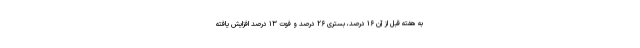
به هفته قبل از آن ۱۶ درصد، بستری ۲۶ درصد و فوت ۱۳ درصد افزایش یافته